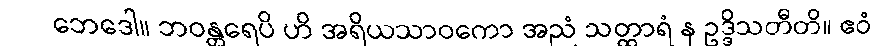
ဘေဒေါ။ ဘဝန္တရေပိ ဟိ အရိယသာဝကော အညံ သတ္ထာရံ န ဥဒ္ဒိသတီတိ။ ဧဝံ